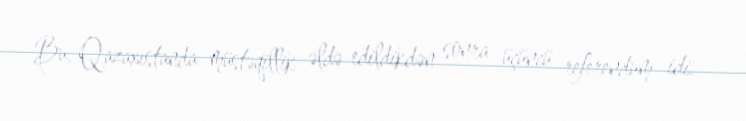
Bu, Qazaxıstanda müstəqillik əldə edildikdən sonra üçüncü referendum idi.